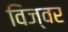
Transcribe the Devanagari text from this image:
विज्वर